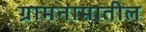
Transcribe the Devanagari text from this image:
ग्रामनामातील